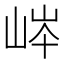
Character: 𡷶